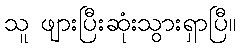
သူ ဖျားပြီးဆုံးသွားရှာပြီ။